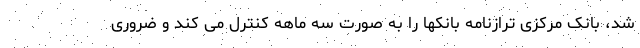
شد، بانک مرکزی ترازنامه بانکها را به صورت سه ماهه کنترل می کند و ضروری